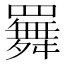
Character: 𦌬